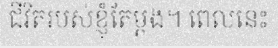
ជីវិតរបស់ខ្ញុំតែម្តង។ ពេលនេះ